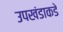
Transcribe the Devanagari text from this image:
उपखंडाकडे